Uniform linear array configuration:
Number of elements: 4
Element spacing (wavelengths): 0.5
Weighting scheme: cosine
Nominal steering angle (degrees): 30
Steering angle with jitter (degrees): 30.178
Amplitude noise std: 0.05
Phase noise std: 0.05

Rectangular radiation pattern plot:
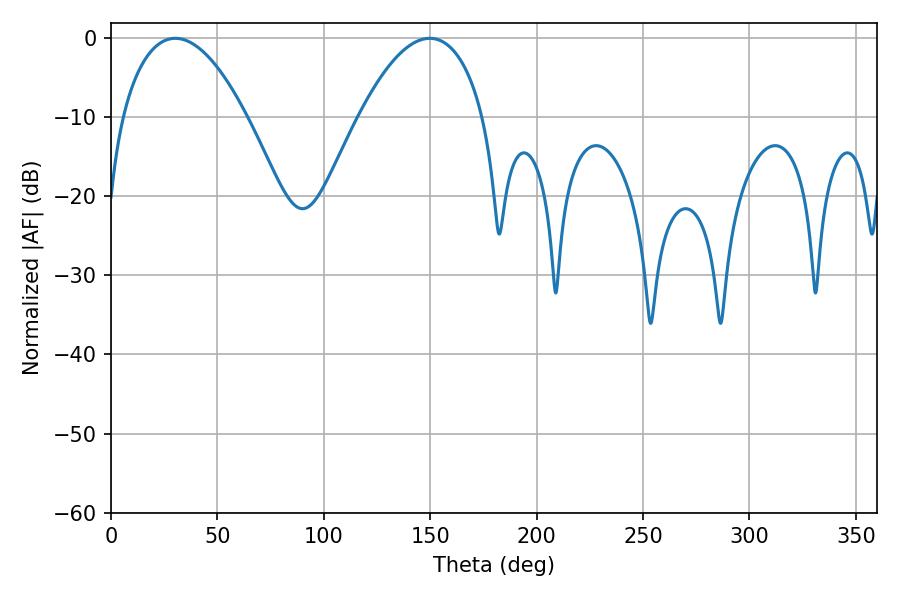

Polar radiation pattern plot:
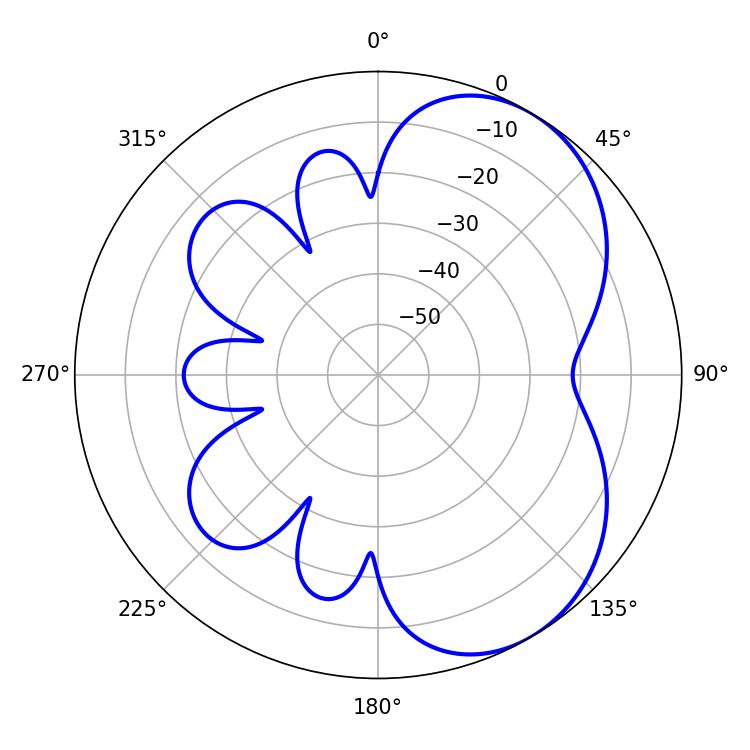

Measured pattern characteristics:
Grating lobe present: FALSE
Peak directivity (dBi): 5.142
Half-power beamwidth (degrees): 32.58
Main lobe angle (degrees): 30.24